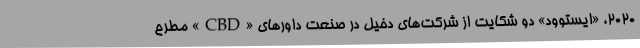
۲۰۲۰، «ایستوود» دو شکایت از شرکت‌های دخیل در صنعت داورهای «CBD» مطرح